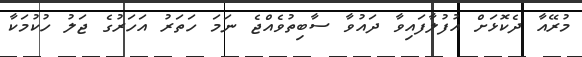
މުރޭއާ ދެކޮޅަށް އުފުލާފައިވާ ދައުވާ ސާބިތުވެއްޖެ ނަމަ ހަތަރު އަހަރުގެ ޖަލު ހުކުމަކާ